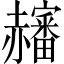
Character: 𧺀